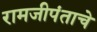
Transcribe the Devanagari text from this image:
रामजीपंताचे